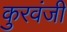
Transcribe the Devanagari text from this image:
कुरवंजी